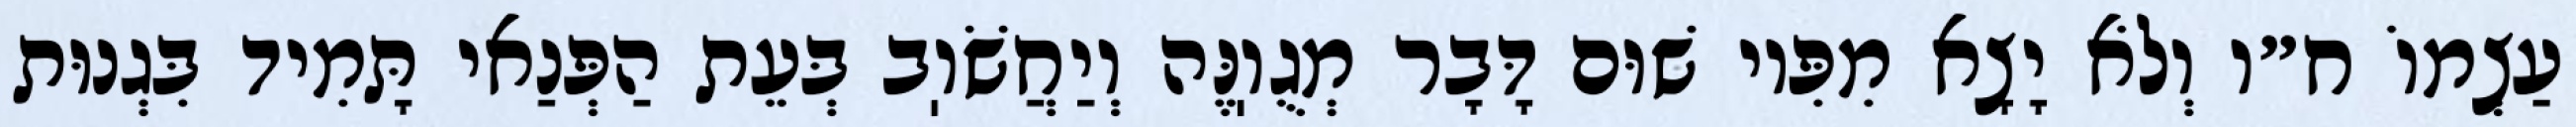
עַצְמוֹ ח״ו וְלֹא יָצָא מִפִּיו שׁוּם דָּבָר מְגֻוֽנֶּה וְיַחֲשֹׁוֽב בְּעֵת הַפְּנַאי תָּמִיד בִּגְנוּת